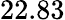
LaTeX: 22.83